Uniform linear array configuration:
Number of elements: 16
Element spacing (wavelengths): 0.5
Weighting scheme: hamming
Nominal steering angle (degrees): -60
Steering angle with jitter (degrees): -58.667
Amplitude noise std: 0.05
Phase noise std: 0.05

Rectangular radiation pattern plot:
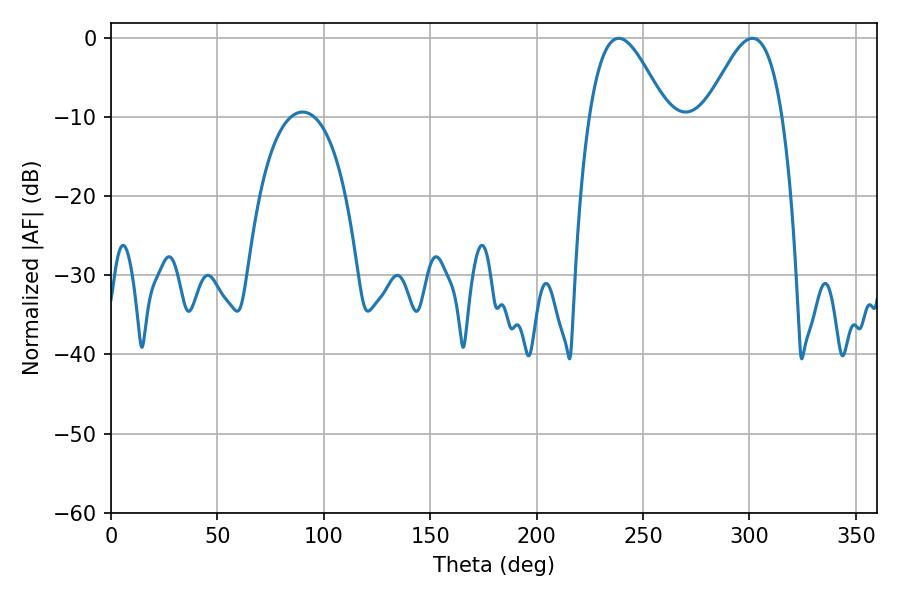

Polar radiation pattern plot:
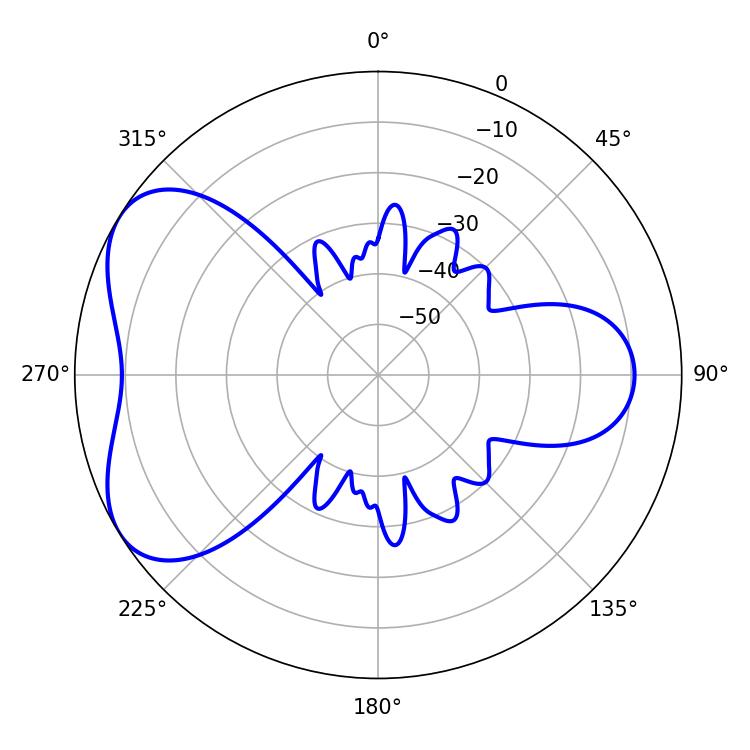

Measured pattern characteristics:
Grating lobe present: FALSE
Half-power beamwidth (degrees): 19.26
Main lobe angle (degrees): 238.5